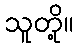
သူတို့။